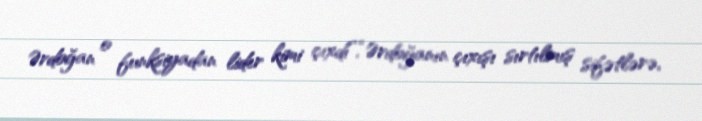
Ərdoğan o funksiyadan lider kimi çıxdı”.“Ərdoğanın çıxışı sırtılmış sifətlərə,